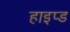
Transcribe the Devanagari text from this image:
हाइप्ड